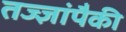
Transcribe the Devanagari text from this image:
तज्‍ज्ञांपैकी